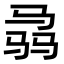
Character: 骉